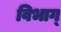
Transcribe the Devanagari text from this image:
विभाग्